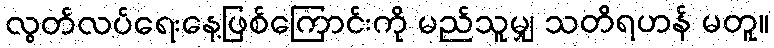
လွတ်လပ်ရေးနေ့ဖြစ်ကြောင်းကို မည်သူမျှ သတိရဟန် မတူ။